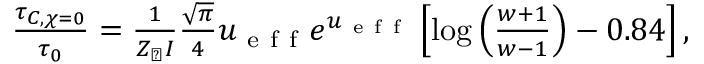
\begin{array} { r } { \frac { \tau _ { C , \chi = 0 } } { \tau _ { 0 } } = \frac { 1 } { Z _ { \perp } I } \frac { \sqrt { \pi } } { 4 } u _ { \mathrm { ~ e ~ f ~ f ~ } } e ^ { u _ { \mathrm { ~ e ~ f ~ f ~ } } } \left[ \log \left( \frac { w + 1 } { w - 1 } \right) - 0 . 8 4 \right] , } \end{array}